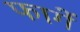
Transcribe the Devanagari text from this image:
फागें